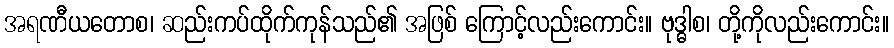
အရဏီယတောစ၊ ဆည်းကပ်ထိုက်ကုန်သည်၏ အဖြစ် ကြောင့်လည်းကောင်း။ ဗုဒ္ဓါစ၊ တို့ကိုလည်းကောင်း။